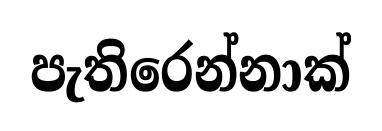
පැතිරෙන්නාක්